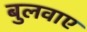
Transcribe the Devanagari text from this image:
बुलवाए